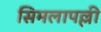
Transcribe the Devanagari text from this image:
सिमलापल्ली